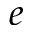
e